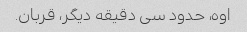
اوه، حدود سی دقیقه دیگر، قربان.